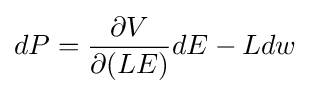
dP={\frac {\partial V}{\partial (LE)}}dE-Ldw\;